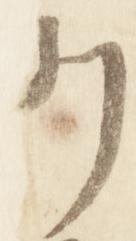
例